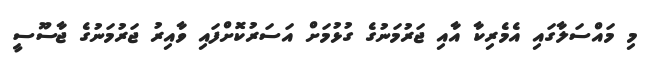
މި މައްސަލާގައި އެމެރިކާ އާއި ޖަރުމަނުގެ ގުޅުމަށް އަސަރުކޮށްފައި ވާއިރު ޖަރުމަނުގެ ޖާސޫސީ